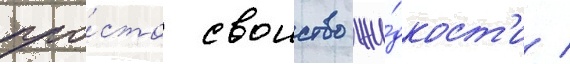
про́сто своиство жи́дкост'и /